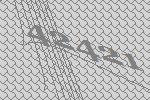
42421